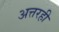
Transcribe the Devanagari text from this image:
अत्तरही